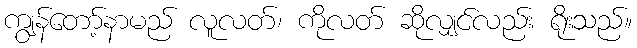
ကျွန်တော့်နာမည် လူလတ်၊ ကိုလတ် ဆိုလျှင်လည်း ရိုးသည်။